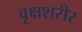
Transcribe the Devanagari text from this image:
वृक्षशरीर